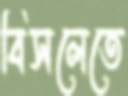
বিসলেতে